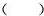
( )